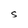
Character: S